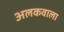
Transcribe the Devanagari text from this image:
अलकवाला